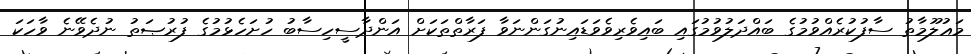
މަޢުލޫމާތު ސާފުކުރެއްވުމުގެ ބައްދަލުވުމުގައި ބައިވެރިވެވަޑައިނުގަންނަވާ ފަރާތްތަކަށް އަންދާސީހިސާބު ހުށަހެޅުމުގެ ފުރުޞަތު ނުދެވޭނެ ވާހަކަ